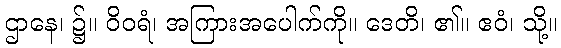
ဌာနေ၊ ၌။ ဝိဝရံ၊ အကြားအပေါက်ကို။ ဒေတိ၊ ၏။ ဧဝံ၊ သို့။